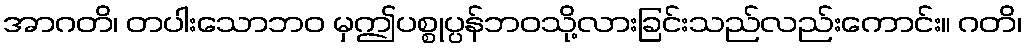
အာဂတိ၊ တပါးသောဘဝ မှဤပစ္စုပ္ပန်ဘဝသို့လားခြင်းသည်လည်းကောင်း။ ဂတိ၊